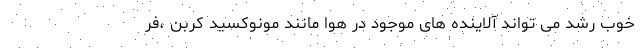
خوب رشد می تواند آلاینده های موجود در هوا مانند مونوکسید کربن ،فر